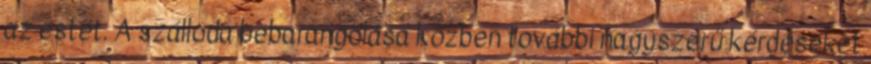
az estét. A szálloda bebarangolása közben további nagyszerű kérdéseket